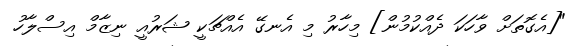
"[އެގޮތަށް ވާހަކަ ދެއްކުމުން] މިހާރު މި އެނގޭ އެއްޗަކީ ޝަރުއީ ނިޒާމް އިސްލާހު